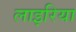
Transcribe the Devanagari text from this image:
लाइरिया